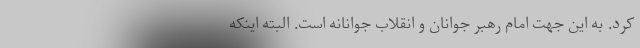
کرد. به این جهت امام رهبر جوانان و انقلاب جوانانه است. البته اینکه